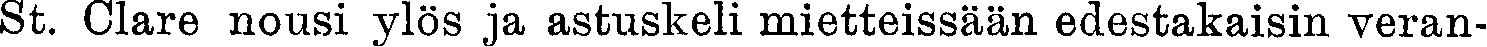
St. Clare nousi ylös ja astuskeli mietteissään edestakaisin veran-